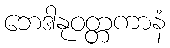
ဘေဒါနုဝတ္တကာနံ